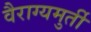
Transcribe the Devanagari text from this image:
वैराग्यमुर्ती